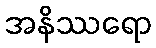
အနိဿရော